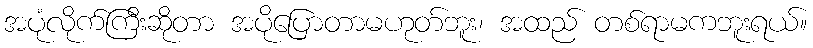
အပုံလိုက်ကြီးဆိုတာ အပိုပြောတာမဟုတ်ဘူး၊ အထည် တစ်ရာမကဘူးရယ်။